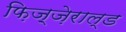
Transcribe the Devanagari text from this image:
फ़िज़्ज़ेराल्ड